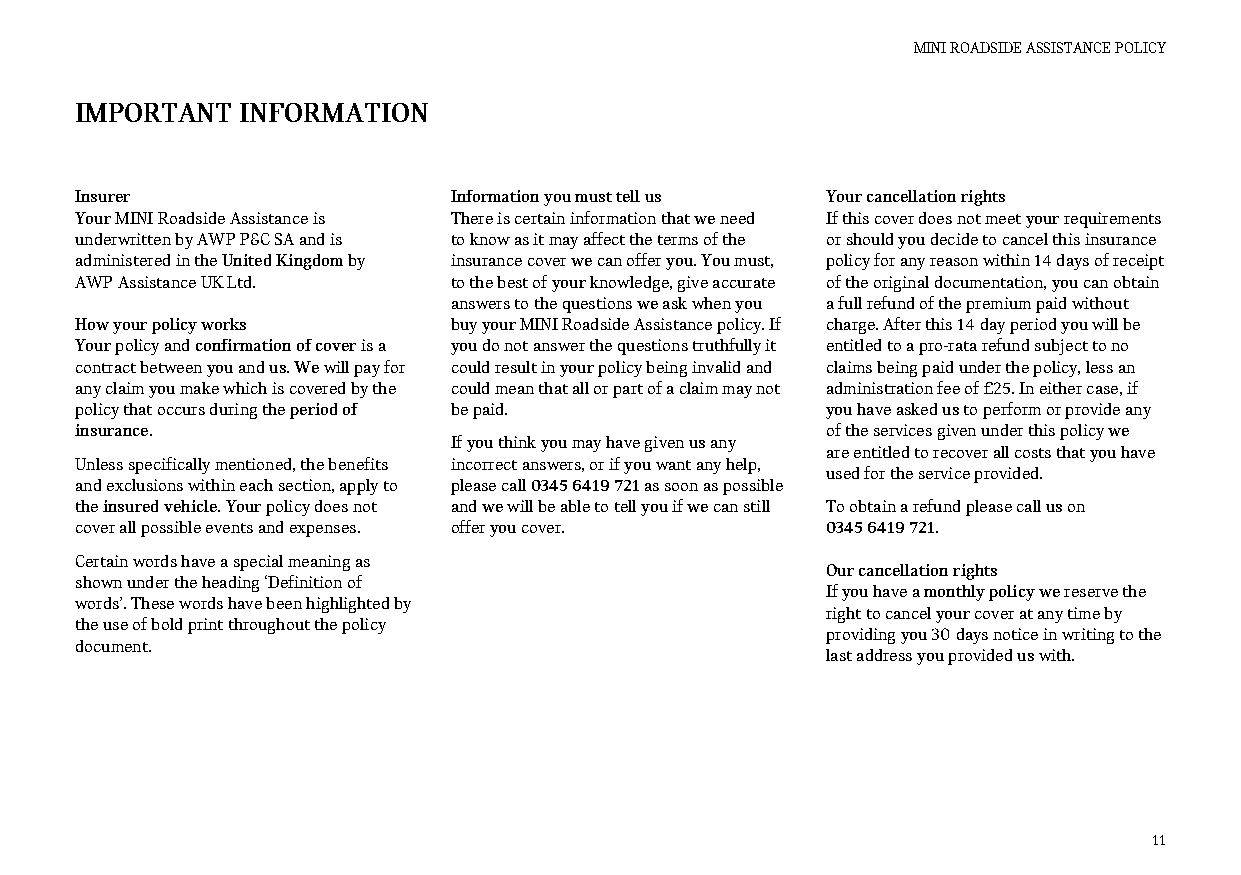
MINI ROADSIDE ASSISTANCE POLICY
 IMPORTANT  INFORMATION
 Insurer                  Information you must tell us Your cancellation rights
 Your MINI Roadside Assistance is There is certain information that we need If this cover does not meet your requirements
 underwritten by AWP P&C SA and is to know as it may affect the terms of the or should you decide to cancel this insurance
 administered in the United Kingdom by insurance cover we can offer you. You must, policy for any reason within 14 days of receipt
 AWP Assistance UK Ltd.   to the best of your knowledge, give accurate of the original documentation, you can obtain
 answers to the questions we ask when you a full refund of the premium paid without
 How your policy works    buy your MINI Roadside Assistance policy. If charge. After this 14 day period you will be
 Your policy and confirmation of cover is a you do not answer the questions truthfully it entitled to a pro-rata refund subject to no
 contract between you and us. We will pay for could result in your policy being invalid and claims being paid under the policy, less an
 any claim you make which is covered by the could mean that all or part of a claim may not administration fee of £25. In either case, if
 policy that occurs during the period of be paid.  you have asked us to perform or provide any
 insurance.                                        of the services given under this policy we
 If you think you may have given us any
 are entitled to recover all costs that you have
 Unless specifically mentioned, the benefits incorrect answers, or if you want any help,
 used for the service provided.
 and exclusions within each section, apply to please call 0345 6419 721 as soon as possible
 the insured vehicle. Your policy does not and we will be able to tell you if we can still To obtain a refund please call us on
 cover all possible events and expenses. offer you cover. 0345 6419 721.
 Certain words have a special meaning as
 Our cancellation rights
 shown under the heading ‘Definition of
 If you have a monthly policy we reserve the
 words’. These words have been highlighted by
 right to cancel your cover at any time by
 the use of bold print throughout the policy
 providing you 30 days notice in writing to the
 document.
 last address you provided us with.
 11